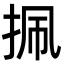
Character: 㧩